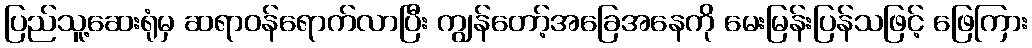
ပြည်သူ့ဆေးရုံမှ ဆရာဝန်ရောက်လာပြီး ကျွန်တော့်အခြေအနေကို မေးမြန်းပြန်သဖြင့် ဖြေကြား